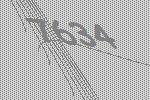
7634